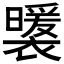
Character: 𧞈